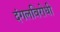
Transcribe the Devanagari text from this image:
दंगलविरोधी